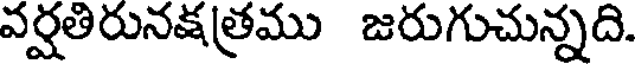
వర్షతిరునక్షత్రము జరుగుచున్నది.